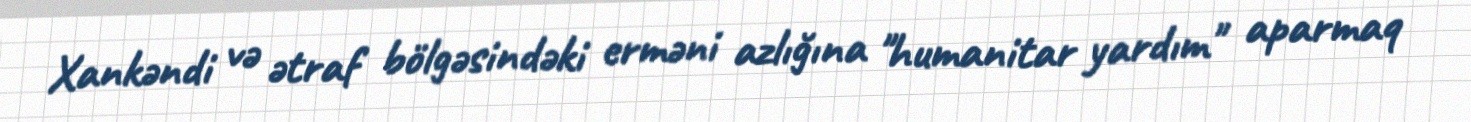
Xankəndi və ətraf bölgəsindəki erməni azlığına "humanitar yardım" aparmaq